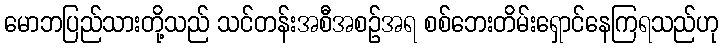
မောဘပြည်သားတို့သည် သင်တန်းအစီအစဉ်အရ စစ်ဘေးတိမ်းရှောင်နေကြရသည်ဟု